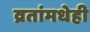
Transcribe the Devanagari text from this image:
व्रतांमधेही